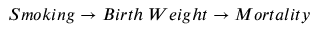
S m o k i n g \rightarrow B i r t h \; W e i g h t \rightarrow M o r t a l i t y